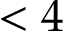
< 4